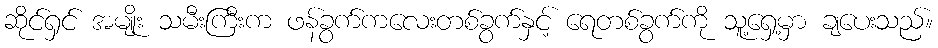
ဆိုင်ရှင် အမျိုး သမီးကြီးက ဖန်ခွက်ကလေးတစ်ခွက်နှင့် ရေတစ်ခွက်ကို သူ့ရှေ့မှာ ချပေးသည်။